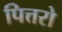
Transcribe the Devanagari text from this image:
पित्तरो